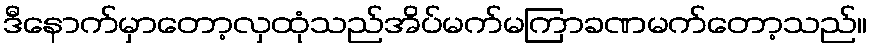
ဒီနောက်မှာတော့လှထုံသည်အိပ်မက်မကြာခဏမက်တော့သည်။